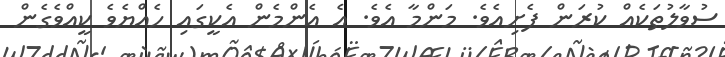
ސުވާލުތަކެއް ކުރަން ފެށިއެވެ. މަންމާ އެވެ. އެ އެންމެން އެކީގައި ހެއްޔެވެ ކީއްވެގެން